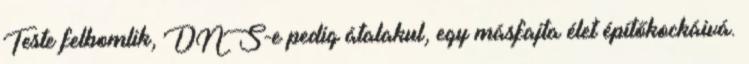
Teste felbomlik, DNS-e pedig átalakul, egy másfajta élet építőkockáivá.